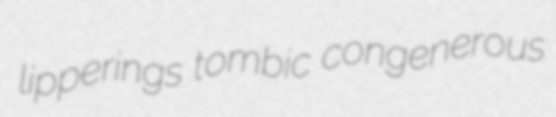
lipperings tombic congenerous